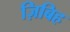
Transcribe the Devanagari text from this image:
ज़िबिह